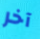
آخر